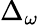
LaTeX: \Delta_{\omega}